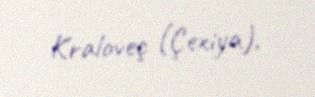
Kraloveç (Çexiya).